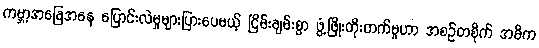
ကမ္ဘာ့အခြေအနေ ပြောင်းလဲမှုများပြားပေမယ့် ငြိမ်းချမ်းစွာ ဖွံ့ဖြိုးတိုးတက်မှုဟာ အစဉ်တစိုက် အဓိက